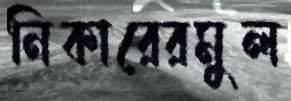
নিকারেরমুল